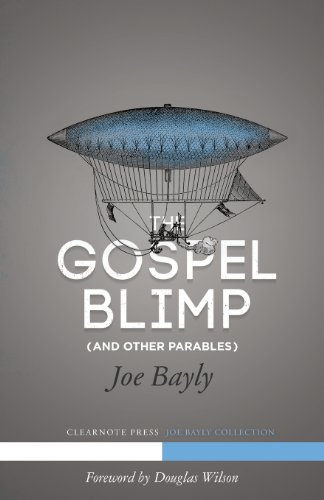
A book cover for The Gospel Blimp (and Other Parables); Joseph Bayly; Christian Books & Bibles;